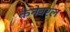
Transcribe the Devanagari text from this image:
केनेवरल